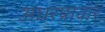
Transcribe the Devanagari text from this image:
अधरप्रावार